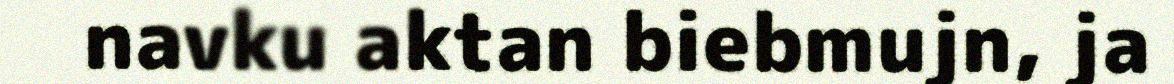
navku aktan biebmujn, ja